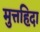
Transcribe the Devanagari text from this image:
मुत्तह़िदा